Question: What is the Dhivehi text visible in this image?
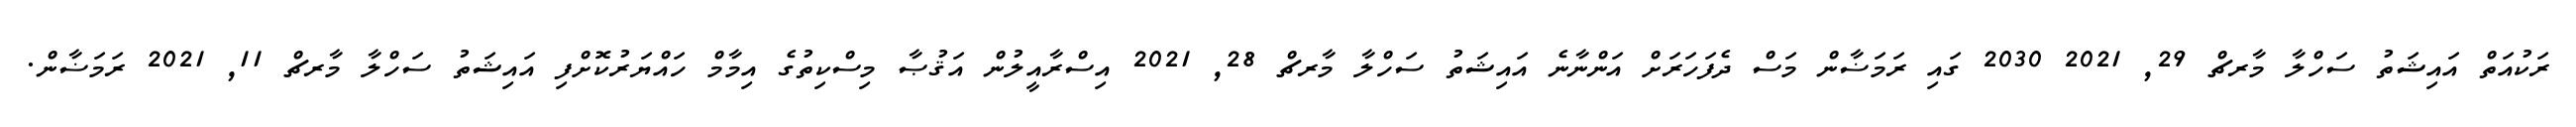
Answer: ރަކުއަތް އައިޝަތު ސަހްލާ މާރޗް 29, 2021 2030 ގައި ރަމަޟާން މަސް ދެފަހަރަށް އަންނާނެ އައިޝަތު ސަހްލާ މާރޗް 28, 2021 އިސްރާއީލުން އަޤުޞާ މިސްކިތުގެ އިމާމް ހައްޔަރުކޮށްފި އައިޝަތު ސަހްލާ މާރޗް 11, 2021 ރަމަޟާން.